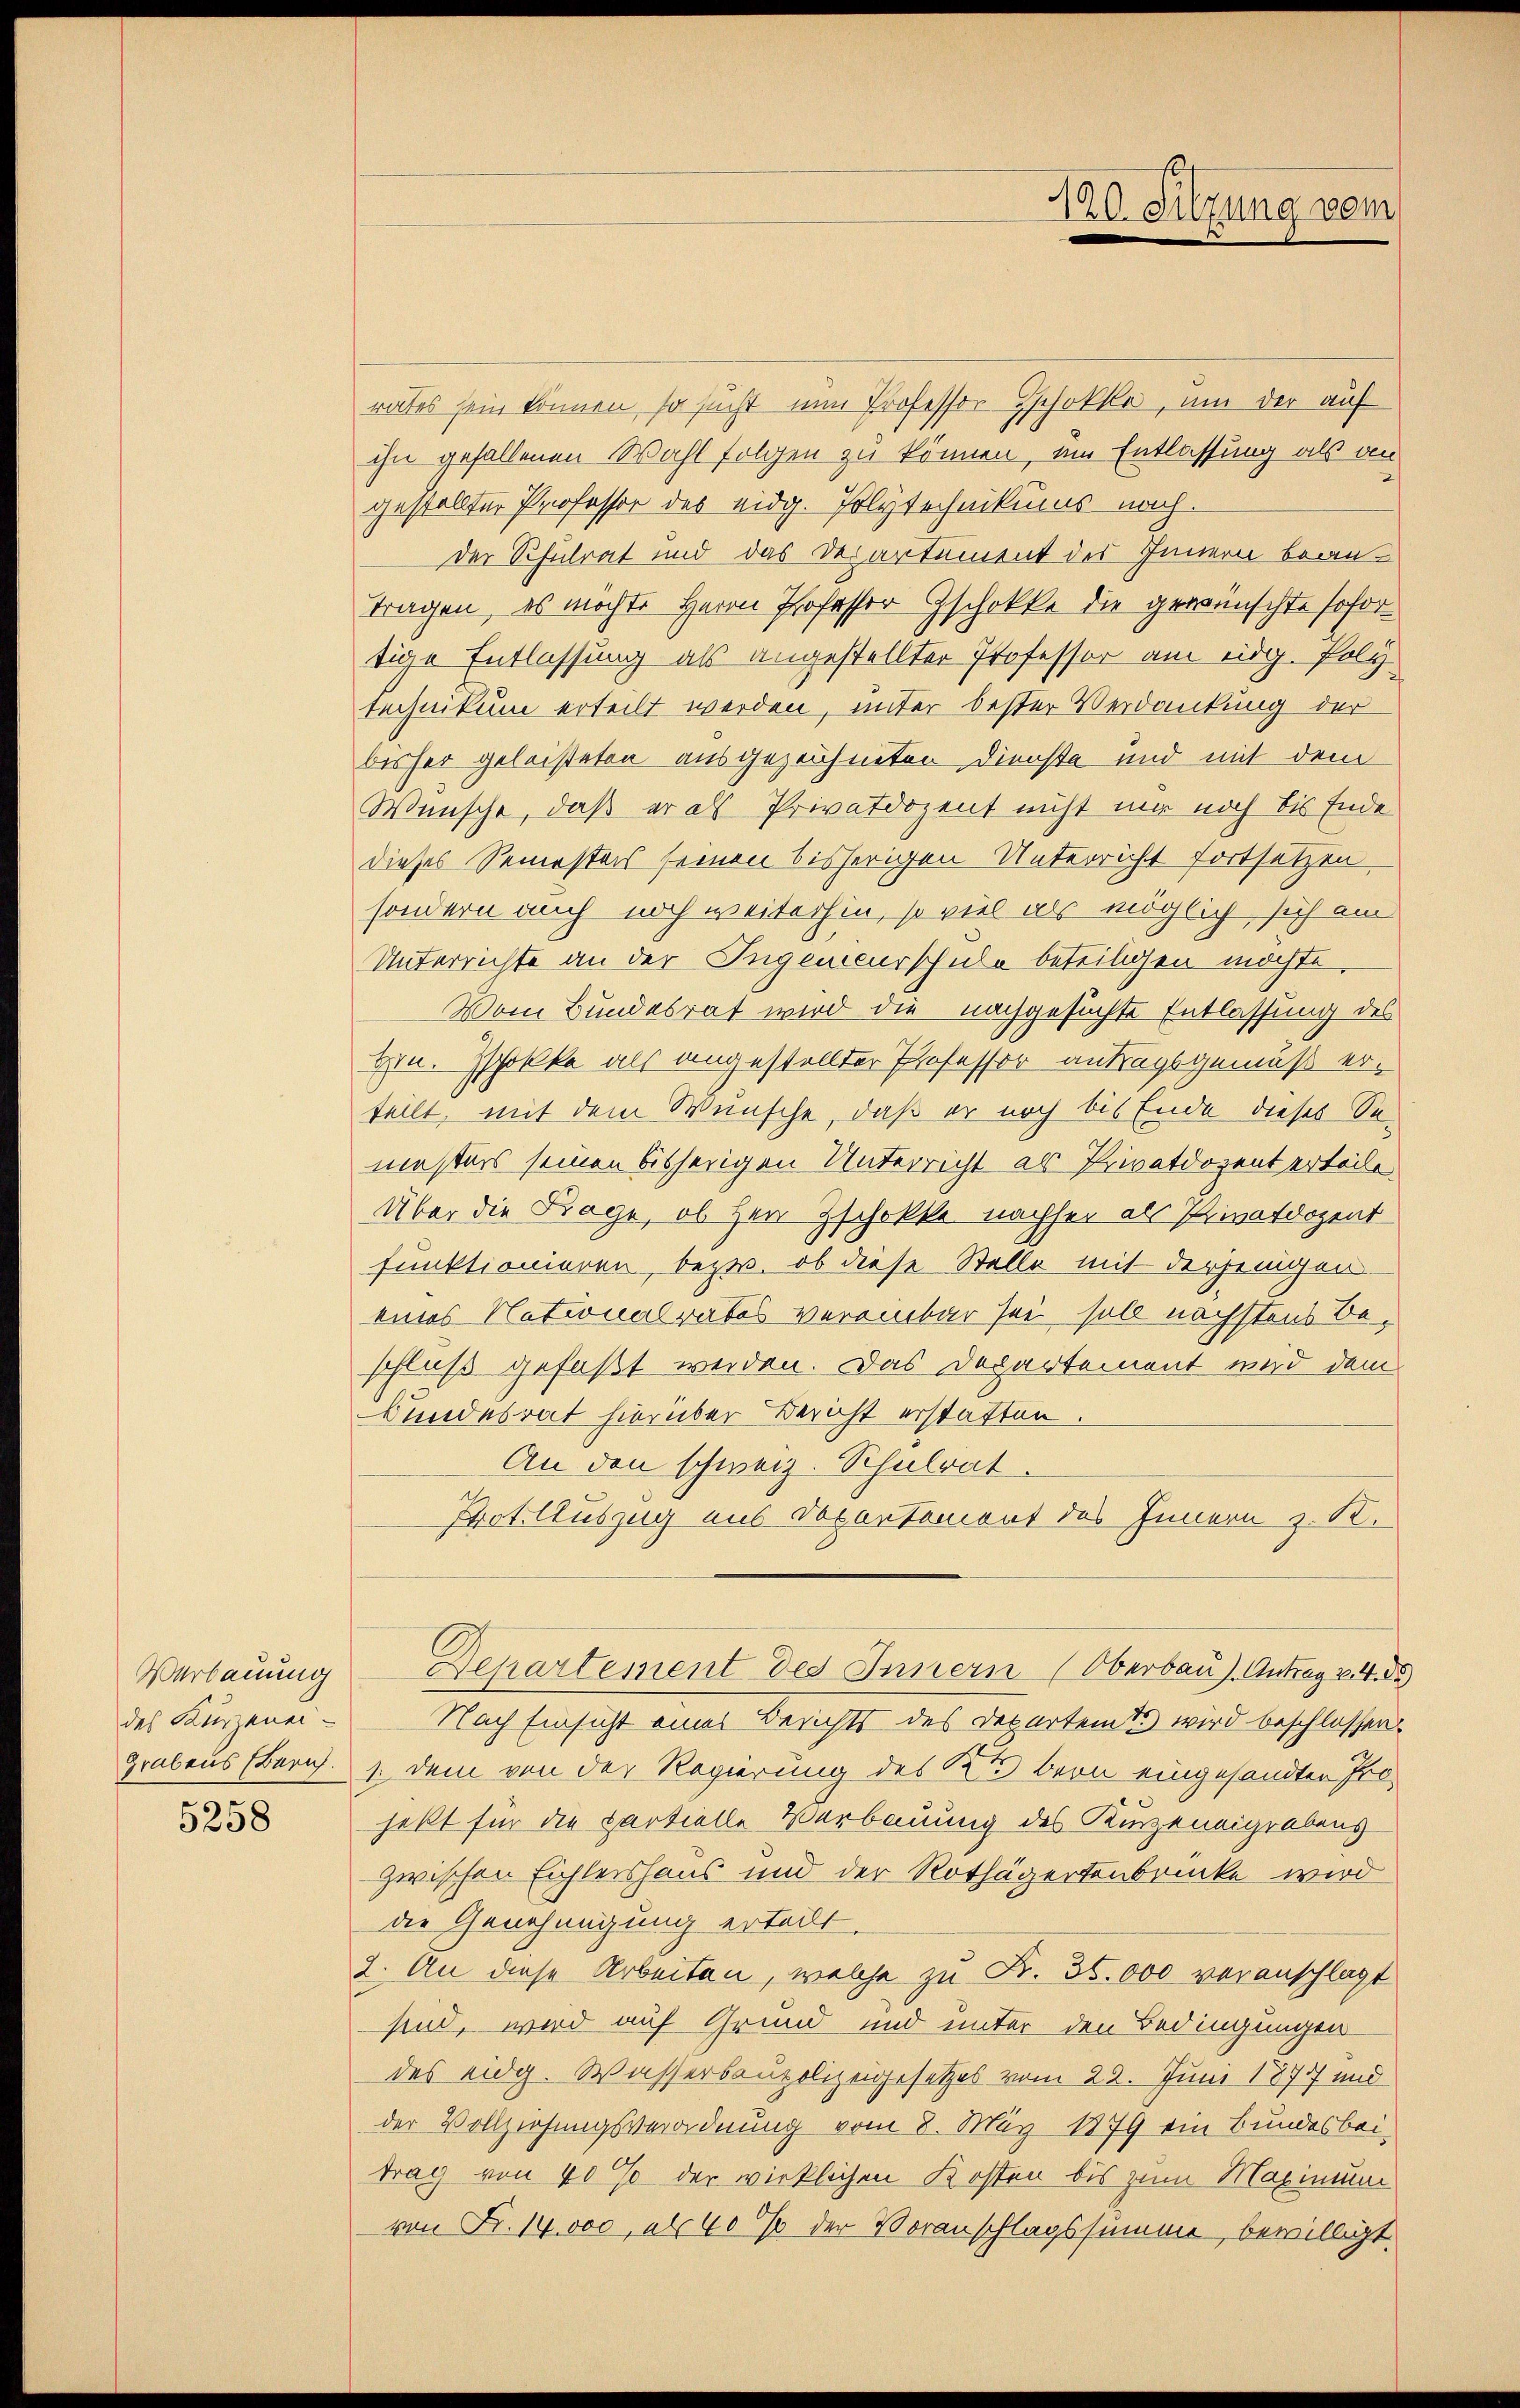
Verbauung
das Kurzenei-
Grabens Zürich.

5258

rates sein können, so sucht nun Professor Zschokke, um der auf
ihn gefallenen Wahl folgen zu können, um Entlassung als an
gestellter Professor des eidg. Polytechnikums nach.
der Schulrat und das Departement des Innern beantragen, es möchte Herrn Professor Zschokke die gewünschte sofor
tige Entlassung als angestellter Professor am eidg. Poly
technikum erteilt werden, unter bester Verdankung der
bisher geleisteten ausgezeichneten Dienste und mit dem
Wünsche, daß er als Privatdozent nicht nur noch bis Ende
dieses Semesters seinen bisherigen Unterricht fortsetzen.
sondern auch noch weiterhin, so viel als möglich sich am
Unterrichte an der Ingenieurschule beteiligen möchte
Vom Bundesrat wird die nachgesuchte Entlassung des
Hin. Schokke als angestellter Professor antragsgemäß erteilt, mit dem Wünsche, daß er noch bis Ende dieses Se-
mesters seinen bisherigen Unterricht als Privatdozent erteile.
Über die Frage, ob Herr Zschokke nachher als Privatdozent
funktionieren, bezw. ob diese Stelle mit derjenigen
eines Nationalrates vereinbar sei soll nächstens Beschluß gefaßt werden. Das Departement wird dem
Bundesrat hierüber Bericht erstatten.
An den schweiz. Schulrat.
Prot. Auszug aus Departemont des Innern z. K.
Departement des Innern (Oberbau). Antrag 24. 55)
Nach Einsicht eines Berichts des Departemts wird beschlossen.
1. dem von der Regierung des Kt. Bern eingesandten Prohett für die partielle Verbauung des Kurzeneigrabens
zwischen Eichtershaus und der Rothägertenbrücke wird
die Genehmigung erteilt.
2. An diese Arbeiten, welche zu Fr. 35.000 veranschlagt
sind, wird auf Grund und unter den Bedingungen
des eidg. Wassersaupolizeigesetzes vom 22. Juni 1877 und
der Vollziehungsverordnung vom 8. März 1879 ein Bundesbei-
trag von 40% der wirklichen Kosten bis zum Maximum
von Fr. 14 000, als 40% der Voranschlagssumme, bewilligt.

120. Sitzung vom